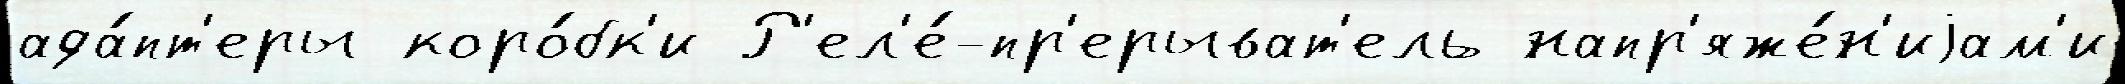
ада́пт'еры коро́бк'и Р'ел'е́-пр'ерыват'ель напр'яже́н'иjам'и